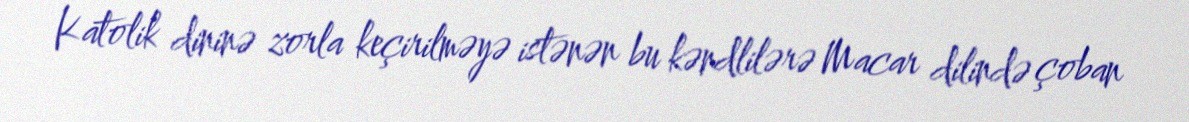
Katolik dininə zorla keçirilməyə istənən bu kəndlilərə Macar dilində çoban